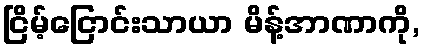
ငြိမ့်ငြောင်းသာယာ မိန့်အာဏာကို,